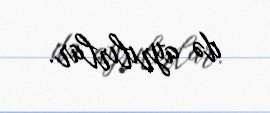
də ayrılırlar.